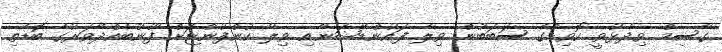
ގާސިމް ވިދާޅުވީ ކޮވިޑްގެ ސަބަބުން ވިލާ ފައުންޑޭޝަނާއި ވިލާ ކުންފުންޏަށް ފޫނުބެއްދޭވަރުގެ ބޮޑެތި